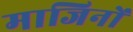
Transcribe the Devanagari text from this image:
माजिनों